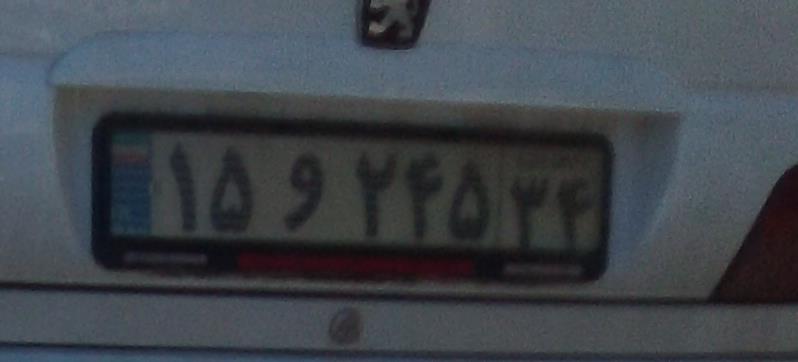
۱۵و۲۴۵۳۴